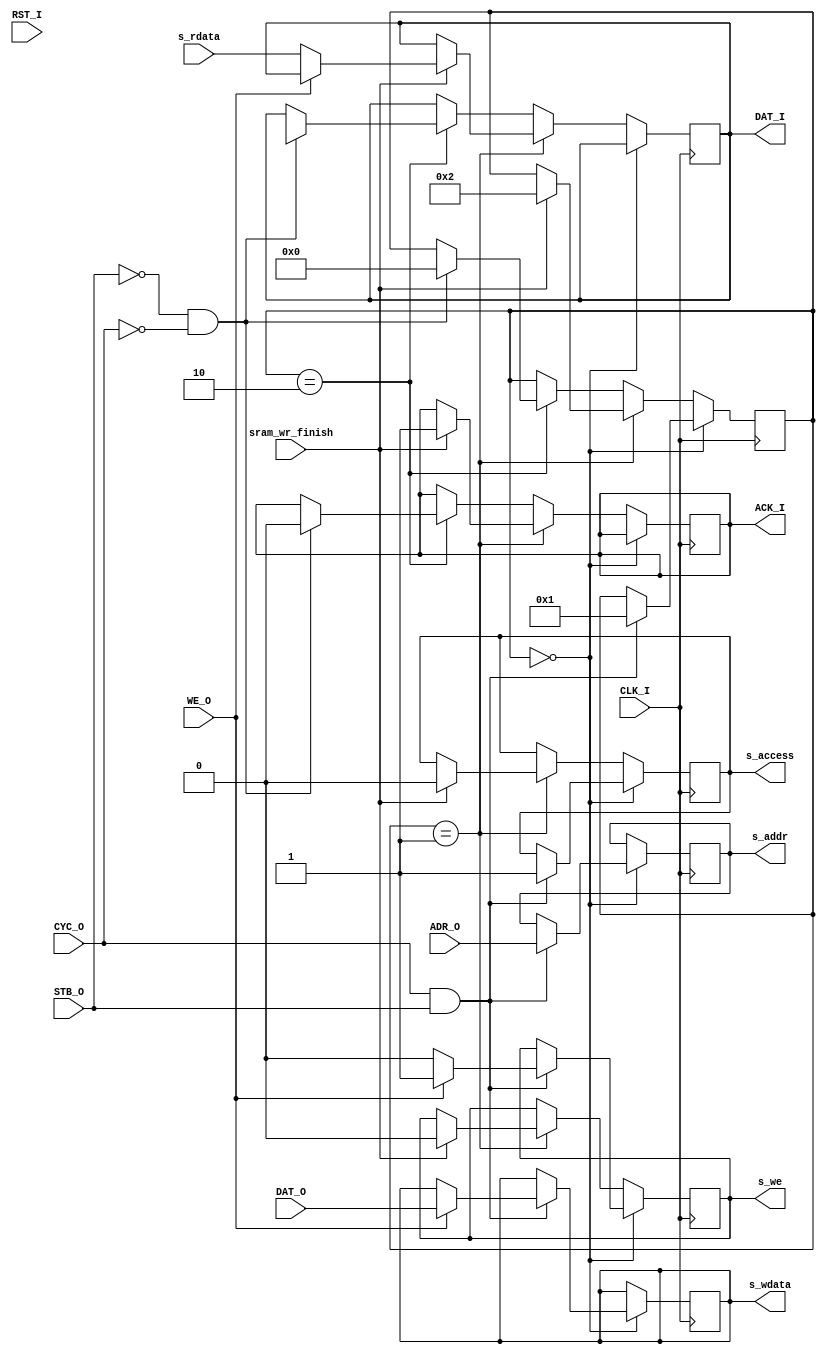
`timescale 1ns / 1ps
//////////////////////////////////////////////////////////////////////////////////
// Company: 
// Engineer: 
// 
// Design Name: 
// Module Name: WB_slave_interface
// Project Name: 
// Target Devices: 
// Tool Versions: 
// Description: 
// 
// Dependencies: 
// 
// Revision:
// Revision 0.01 - File Created
// Additional Comments:
// 
//////////////////////////////////////////////////////////////////////////////////


module WB_slave_interface(
input CLK_I,
input RST_I,
input [31:0] ADR_O,
input [31:0] DAT_O,
input WE_O,
input STB_O,
input CYC_O,
input [31:0] s_rdata,
input sram_wr_finish,
output reg [31:0] DAT_I,
output reg ACK_I,
output reg [31:0] s_addr,
output reg [31:0] s_wdata,
output reg s_we,
output reg s_access
);

reg [3:0] state;
initial begin
    state = 0;
end

always @(posedge CLK_I) begin
    if(state == 0) begin
        if(CYC_O && STB_O) begin
            state = 1;    
            s_addr = ADR_O;
            s_access = 1;
            if(!WE_O) begin 
                s_we = 0;
            end
            else begin
                s_we = 1;
                s_wdata = DAT_O;
            end
        end
    end
    else if(state == 1) begin
        if(sram_wr_finish) begin
            if(!WE_O) begin          //read
                DAT_I =  s_rdata;
            end
            s_access = 0;
            s_we = 0;
            ACK_I = 1;     
            state = 2;   
        end             
    end
    else if(state == 2) begin
        if(!STB_O && !CYC_O) begin
            DAT_I = 32'hxxxxxxxx;
            ACK_I = 0;
            state = 0;
        end       
    end
end
endmodule